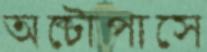
অক্টোপাসে